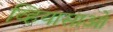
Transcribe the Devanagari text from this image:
व्हियासाओ